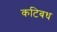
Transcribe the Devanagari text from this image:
कटिबध